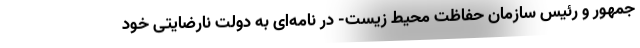
جمهور و رئیس سازمان حفاظت محیط زیست- در نامه‌ای به دولت نارضایتی خود